Indian journal of veterinary science and animal husbandry - Volumes 24-25, 1954-1955
Year: 1954
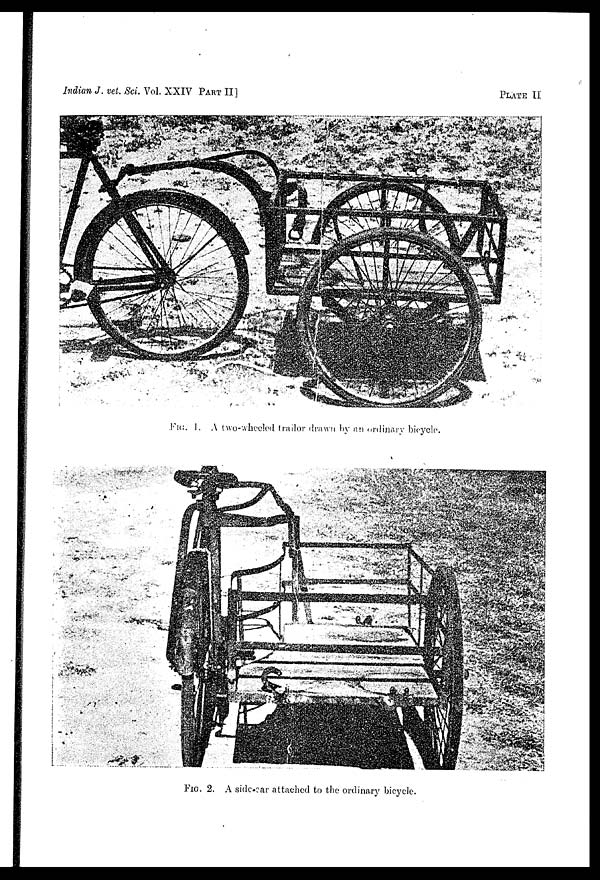
Indian J. vet. Sci. Vol. XXIV PART II]
PLATE
II
FIG. 1. A two-wheeled trailer drawn by an ordinary bicycle.
FIG. 2. A side-car attached to the ordinary bicycle.